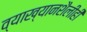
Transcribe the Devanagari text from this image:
व्याख्यानशैलीही